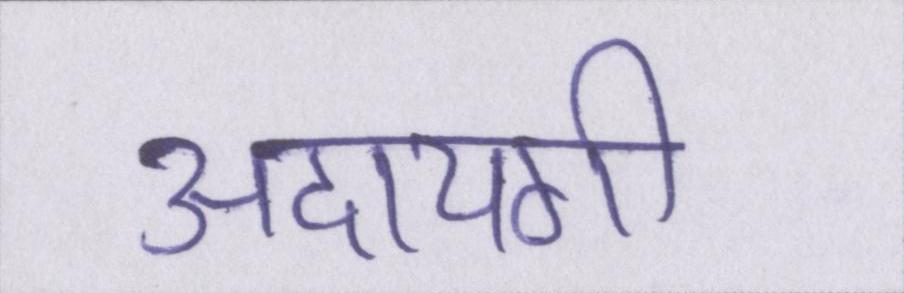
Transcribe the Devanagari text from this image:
अदायगी